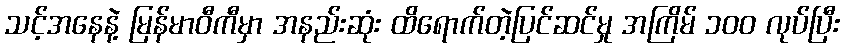
သင့်အနေနဲ့ မြန်မာဝီကီမှာ အနည်းဆုံး ထိရောက်တဲ့ပြင်ဆင်မှု အကြိမ် ၁၀၀ လုပ်ပြီး